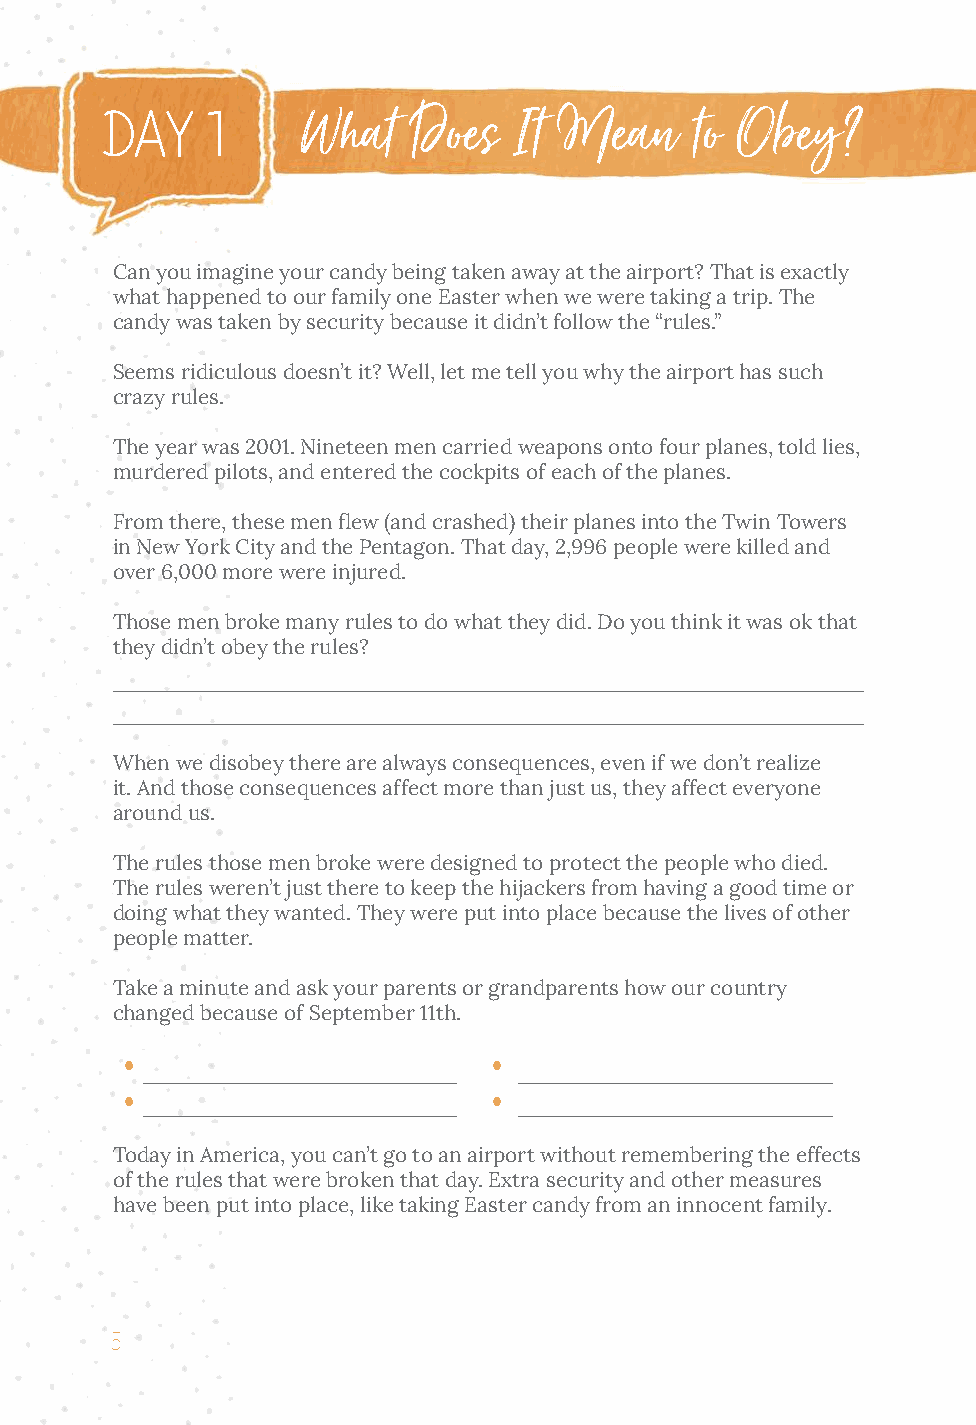
What   Does   I t Mean    to Obey?
 ddaayy 11
 Can you imagine your candy being taken away at the airport? That is exactly
 what happened to our family one Easter when we were taking a trip. The
 candy was taken by security because it didn’t follow the “rules.”
 Seems ridiculous doesn’t it? Well, let me tell you why the airport has such
 crazy rules.
 The year was 2001. Nineteen men carried weapons onto four planes, told lies,
 murdered pilots, and entered the cockpits of each of the planes.
 From there, these men flew (and crashed) their planes into the Twin Towers
 in New York City and the Pentagon. That day, 2,996 people were killed and
 over 6,000 more were injured.
 Those men broke many rules to do what they did. Do you think it was ok that
 they didn’t obey the rules?
 ____________________________________________________________
 ____________________________________________________________
 When we disobey there are always consequences, even if we don’t realize
 it. And those consequences affect more than just us, they affect everyone
 around us.
 The rules those men broke were designed to protect the people who died.
 The rules weren’t just there to keep the hijackers from having a good time or
 doing what they wanted. They were put into place because the lives of other
 people matter.
 Take a minute and ask your parents or grandparents how our country
 changed because of September 11th.
 _________________________ _________________________
 _________________________ _________________________
 Today in America, you can’t go to an airport without remembering the effects
 of the rules that were broken that day. Extra security and other measures
 have been put into place, like taking Easter candy from an innocent family.
 5